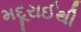
મદૂરાઈથી